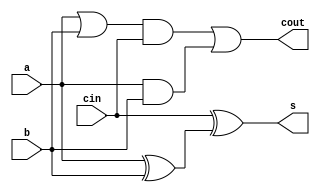
/*
`timescale 1ns/1ns
module FA(cout, sum, dataA, dataB, cin);

input dataA, dataB, cin;
output cout, sum;

wire e1, e2, e3, e4;

or(e4, dataA, dataB); // cout
and(e2, dataA, dataB);
and(e3, e4, c);
or(cout,e2, e3);

xor(e1, dataA, dataB); // sum
xor(sum, e1, cin);


endmodule
*/
`timescale 1ns/1ns
module FA(cout, s, a, b, cin);

input a, b, cin;
output cout, s;
    
wire   e1, e2, e3, e4;

// cout
or(e1, a, b);
and(e2, e1, cin);
and(e3, a, b);
or(cout, e2, e3);

// sum
xor(e4, a, b);
xor(s, cin, e4);	

endmodule